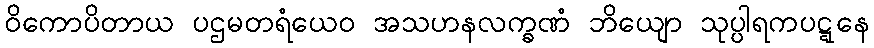
ဝိကောပိတာယ ပဌမတရံယေဝ အသဟနလက္ခဏံ ဘိယျော သုပ္ပါရကပဋ္ဋနေ